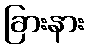
ခြားနား